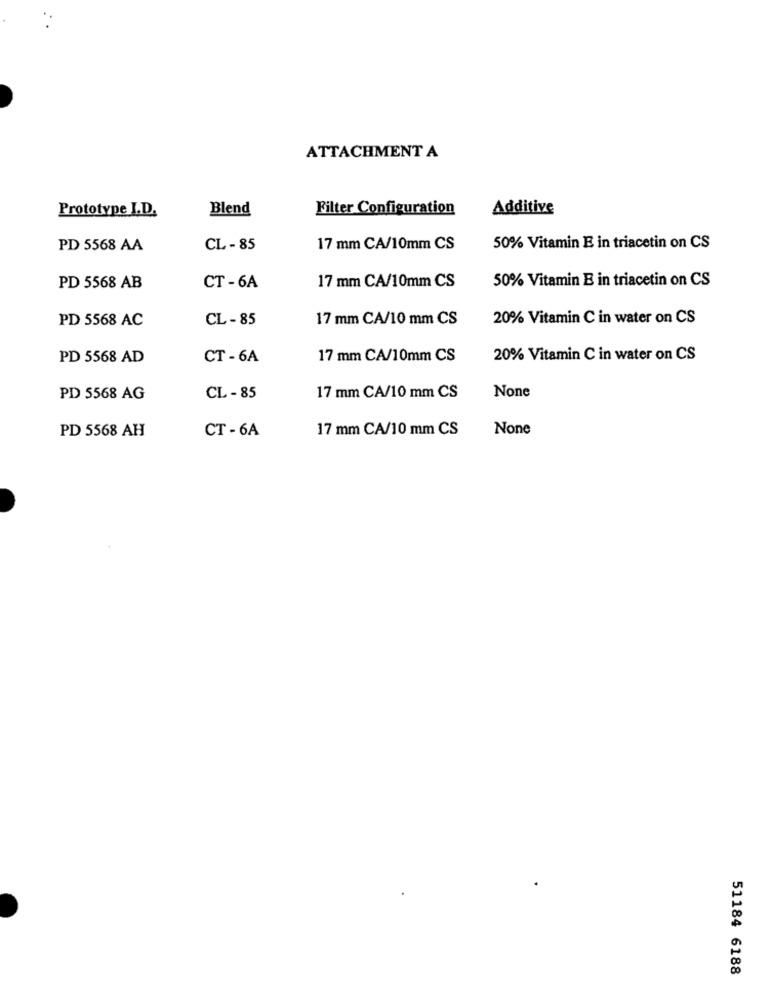
ATTACHMENT A
Prototype I.D.
Blend
Filter Configuration
Additive
PD 5568 AA
CL - 85
17 mm CA/10mm CS
50% Vitamin E in triacetin on CS
50% Vitamin E in triacetin on CS
PD 5568 AB
CT- 6A
17 mm CA/10mm CS
CL- 85
17 mm CA/10 mm CS
20% Vitamin C in water on CS
PD 5568 AC
PD 5568 AD
CT- 6A
17 mm CA/10mm CS
20% Vitamin C in water on CS
PD 5568 AG
CL - 85
17 mm CA/10 mm CS
PD 5568 AH
CT - 6A
17 mm CA/10 mm CS
51184 6188